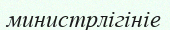
министрлігініе